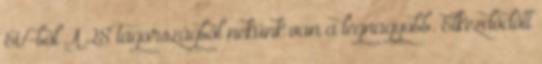
EU-ból A 28 tagországból nekünk van a legnagyobb. Elkezdődött